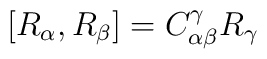
[R_{\alpha },R_{\beta }]=C^{\gamma }_{\alpha \beta }R_{\gamma }